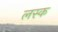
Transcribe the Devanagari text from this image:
लस्क